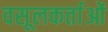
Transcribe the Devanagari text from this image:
वसूलकर्ताओं